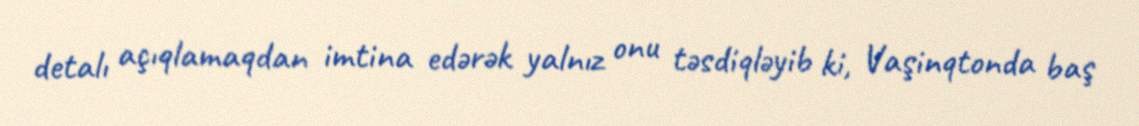
detalı açıqlamaqdan imtina edərək yalnız onu təsdiqləyib ki, Vaşinqtonda baş